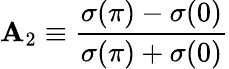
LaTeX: \mathbf{A}_{2}\equiv{\frac{{\sigma(\pi)-\sigma(0)}}{{\sigma(\pi)+\sigma(0)}}}